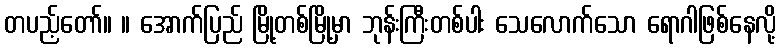
တပည့်တော်။ ။ အောက်ပြည် မြို့တစ်မြို့မှာ ဘုန်းကြီးတစ်ပါး သေလောက်သော ရောဂါဖြစ်နေလို့